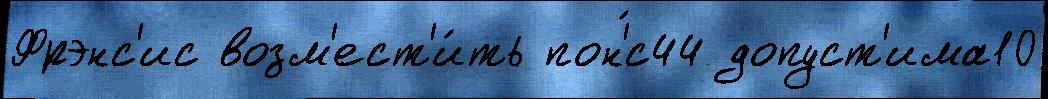
Фрэнс'ис возм'ест'и́ть пон'́с44 допуст'има10